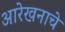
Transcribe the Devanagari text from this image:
आरेखनाचे